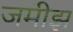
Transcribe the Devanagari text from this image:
जमीझ